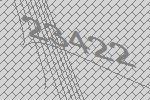
23422